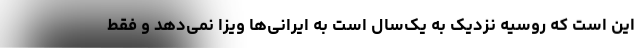
این است که روسیه نزدیک به یک‌سال است به ایرانی‌ها ویزا نمی‌دهد و فقط